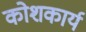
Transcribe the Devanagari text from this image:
कोशकार्य